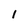
Character: 1